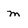
Character: m